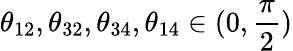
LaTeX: {\theta}_{12},{\theta}_{32},{\theta}_{34},{\theta}_{14}\in(0,\frac{\pi}{2})